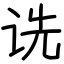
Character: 诜